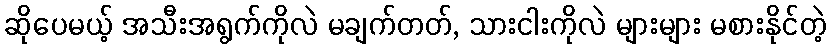
ဆိုပေမယ့် အသီးအရွက်ကိုလဲ မချက်တတ်, သားငါးကိုလဲ များများ မစားနိုင်တဲ့